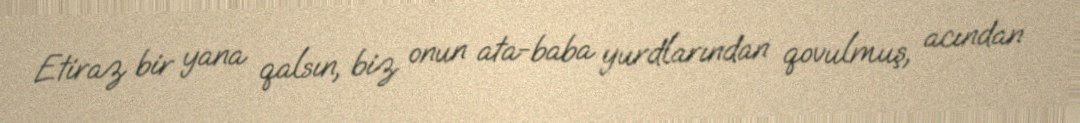
Etiraz bir yana qalsın, biz onun ata-baba yurdlarından qovulmuş, acından